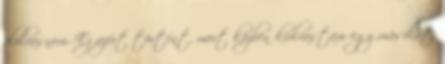
elolvasnom. Ez azért történt, mert közben kiolvastam egy másikat,